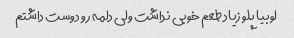
لوبیا پلو زیاد طعم خوبی نداشت ولی دلمه رو دوست داشتم